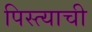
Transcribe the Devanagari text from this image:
पिस्त्याची